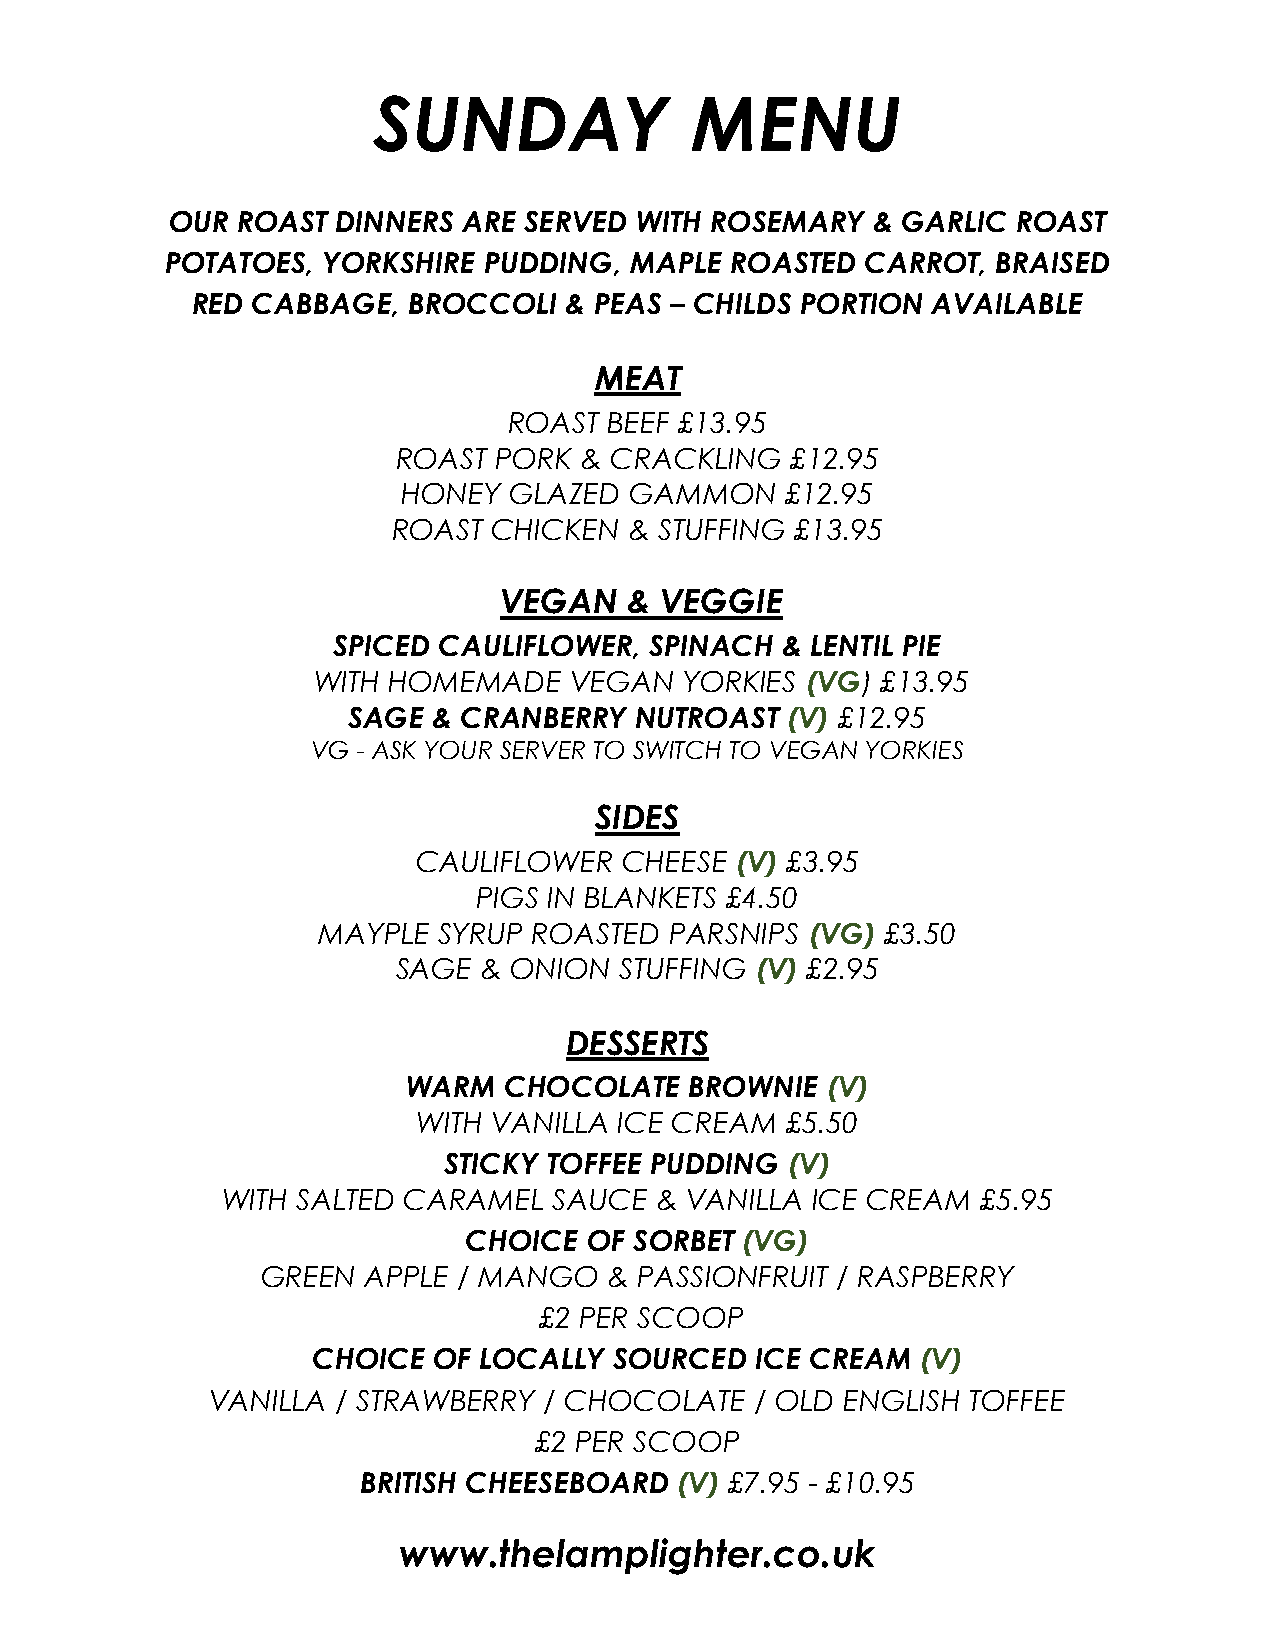
SUNDAY               MENU
 OUR  ROAST DINNERS  ARE SERVED WITH ROSEMARY   & GARLIC ROAST
 POTATOES, YORKSHIRE  PUDDING,  MAPLE ROASTED  CARROT,  BRAISED
 RED CABBAGE,  BROCCOLI  & PEAS – CHILDS PORTION  AVAILABLE
 MEAT
 ROAST BEEF £13.95
 ROAST  PORK & CRACKLING   £12.95
 HONEY  GLAZED  GAMMON    £12.95
 ROAST  CHICKEN  & STUFFING £13.95
 VEGAN    & VEGGIE
 SPICED CAULIFLOWER,  SPINACH  & LENTIL PIE
 WITH HOMEMADE    VEGAN  YORKIES (VG) £13.95
 SAGE  & CRANBERRY  NUTROAST  (V) £12.95
 VG - ASK YOUR SERVER TO SWITCH TO VEGAN YORKIES
 SIDES
 CAULIFLOWER  CHEESE  (V) £3.95
 PIGS IN BLANKETS £4.50
 MAYPLE  SYRUP ROASTED  PARSNIPS  (VG) £3.50
 SAGE  & ONION  STUFFING (V) £2.95
 DESSERTS
 WARM  CHOCOLATE    BROWNIE  (V)
 WITH VANILLA ICE CREAM  £5.50
 STICKY TOFFEE PUDDING  (V)
 WITH SALTED CARAMEL   SAUCE & VANILLA  ICE CREAM  £5.95
 CHOICE  OF SORBET (VG)
 GREEN  APPLE / MANGO   & PASSIONFRUIT / RASPBERRY
 £2 PER SCOOP
 CHOICE  OF LOCALLY  SOURCED  ICE CREAM  (V)
 VANILLA / STRAWBERRY  / CHOCOLATE   / OLD ENGLISH TOFFEE
 £2 PER SCOOP
 BRITISH CHEESEBOARD  (V) £7.95 - £10.95
 www.thelamplighter.co.uk